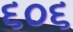
૬૦૬